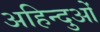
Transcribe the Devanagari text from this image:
अहिन्दुओं